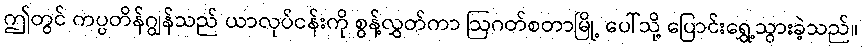
ဤတွင် ကပ္ပတိန်ဂျွန်သည် ယာလုပ်ငန်းကို စွန့်လွှတ်ကာ ဩဂတ်စတာမြို့ ပေါ်သို့ ပြောင်းရွှေ့သွားခဲ့သည်။